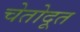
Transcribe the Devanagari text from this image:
चेतोदूत